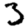
Digit: 3